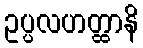
ဥပ္ပလဟတ္ထာနိ